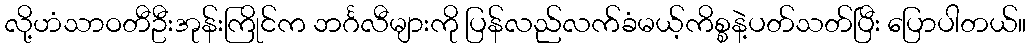
လို့ဟံသာဝတီဦးအုန်းကြိုင်က ဘင်္ဂလီများကို ပြန်လည်လက်ခံမယ့်ကိစ္စနဲ့ပတ်သတ်ပြီး ပြောပါတယ်။